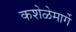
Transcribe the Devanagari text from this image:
कशेळेमार्गे